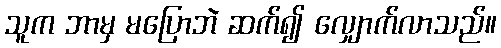
သူက ဘာမှ မပြောဘဲ ဆက်၍ လျှောက်လာသည်။